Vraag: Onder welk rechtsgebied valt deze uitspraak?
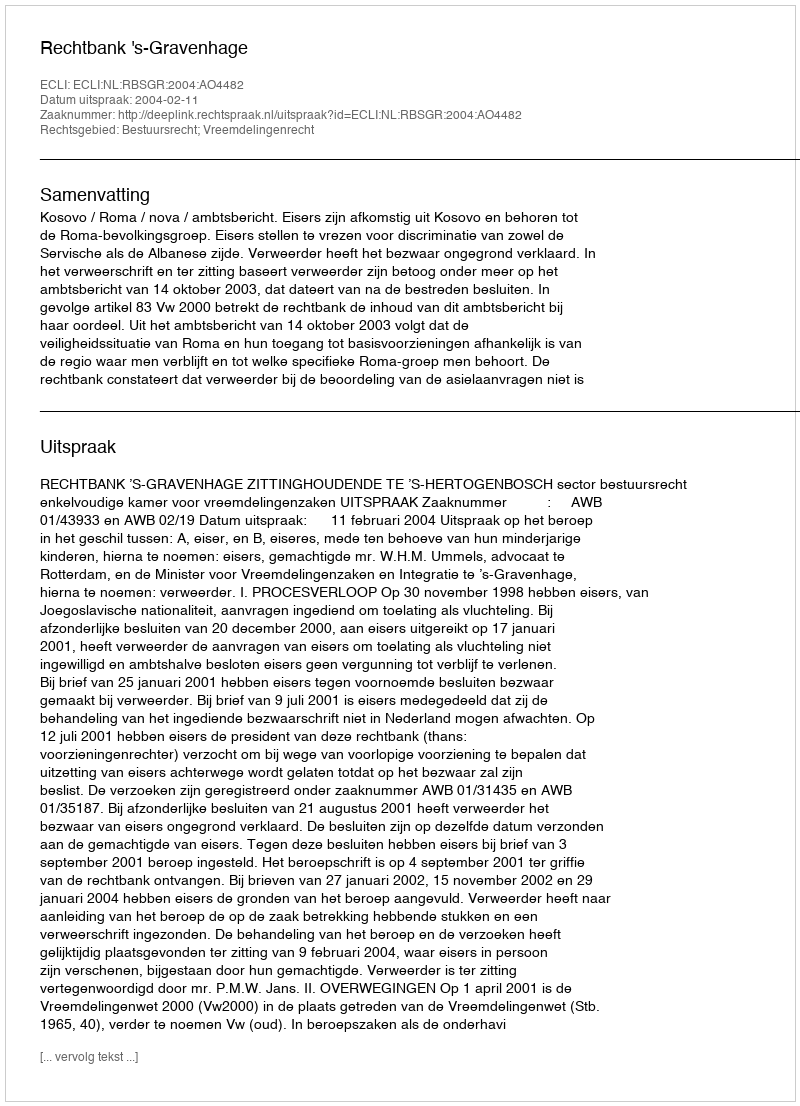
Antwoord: Bestuursrecht; Vreemdelingenrecht